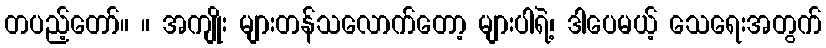
တပည့်တော်။ ။ အကျိုး များတန်သလောက်တော့ များပါရဲ့၊ ဒါပေမယ့် သေရေးအတွက်